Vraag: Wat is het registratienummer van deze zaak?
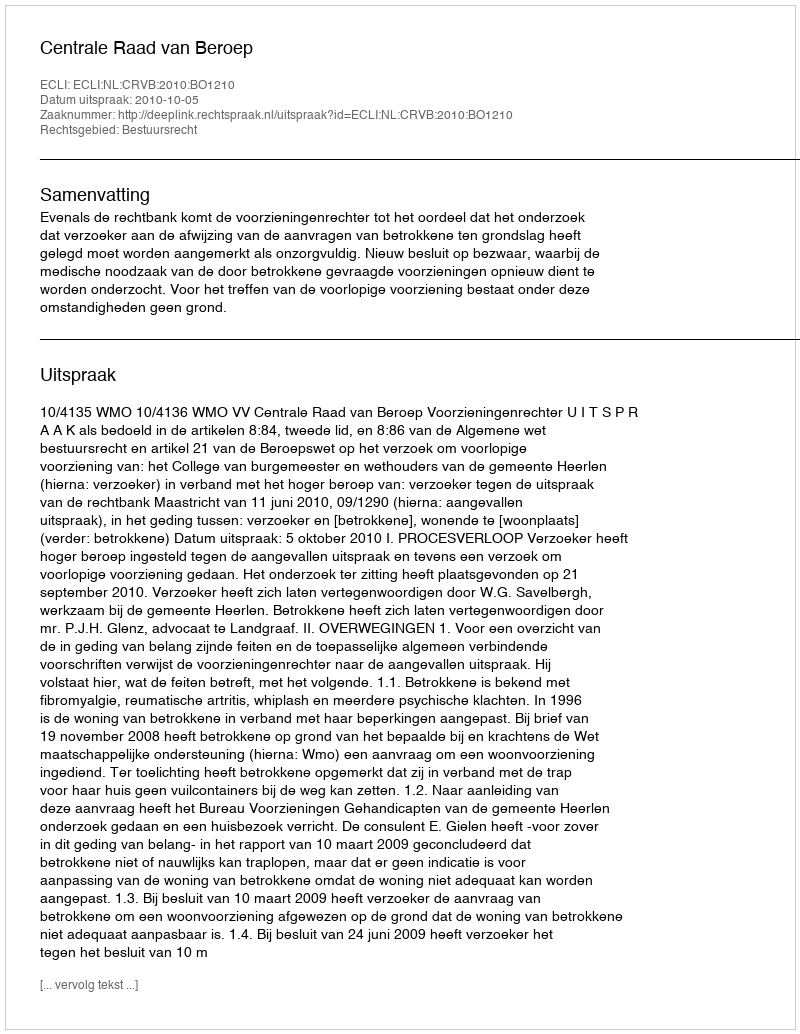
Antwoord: http://deeplink.rechtspraak.nl/uitspraak?id=ECLI:NL:CRVB:2010:BO1210